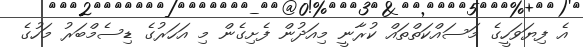
އެ ފިޔަވަހީގެ މަސައްކަތްތައް ކުރާނީ މިއަދުން ފެށިގެން މި އަހަރުގެ ޑިސެމްބަރު މަހުގެ